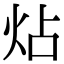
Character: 炶